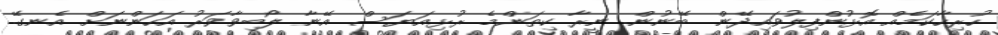
ހުރިހާކަމެއް އޮޅުންފިލުވައިދޭން ބޭނުން. ނީރާ ކިތަންމެ ރުޅިއަޔަސް އޭނާ ލޯބިވާވަރު އަހަންނަށް އެނގޭ.